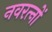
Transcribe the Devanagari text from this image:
नवरत्‍नों